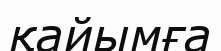
қайымға